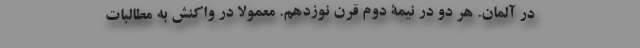
در آلمان. هر دو در نیمۀ دوم قرن نوزدهم. معمولاً در واکنش به مطالبات